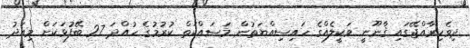
ދިވެހިރާއްޖޭގައި ޤާނޫނީ ވަކީލެއްގެ ހައިސިއްޔަތުން މަސައްކަތް ކުރުމުގެ ހުއްދަ 27 ބޭފުޅަކަށް މިއަދު